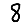
Digit: 8